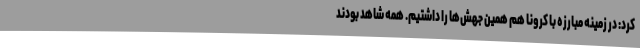
کرد: در زمینه مبارزه با کرونا هم همین جهش‌ها را داشتیم. همه شاهد بودند